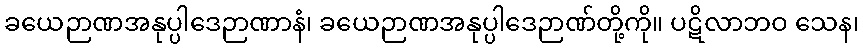
ခယေဉာဏအနုပ္ပါဒေဉာဏာနံ၊ ခယေဉာဏအနုပ္ပါဒေဉာဏ်တို့ကို။ ပဋိလာဘဝ သေန၊